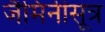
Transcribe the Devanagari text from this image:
जैमिनीसूत्र